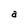
Character: a